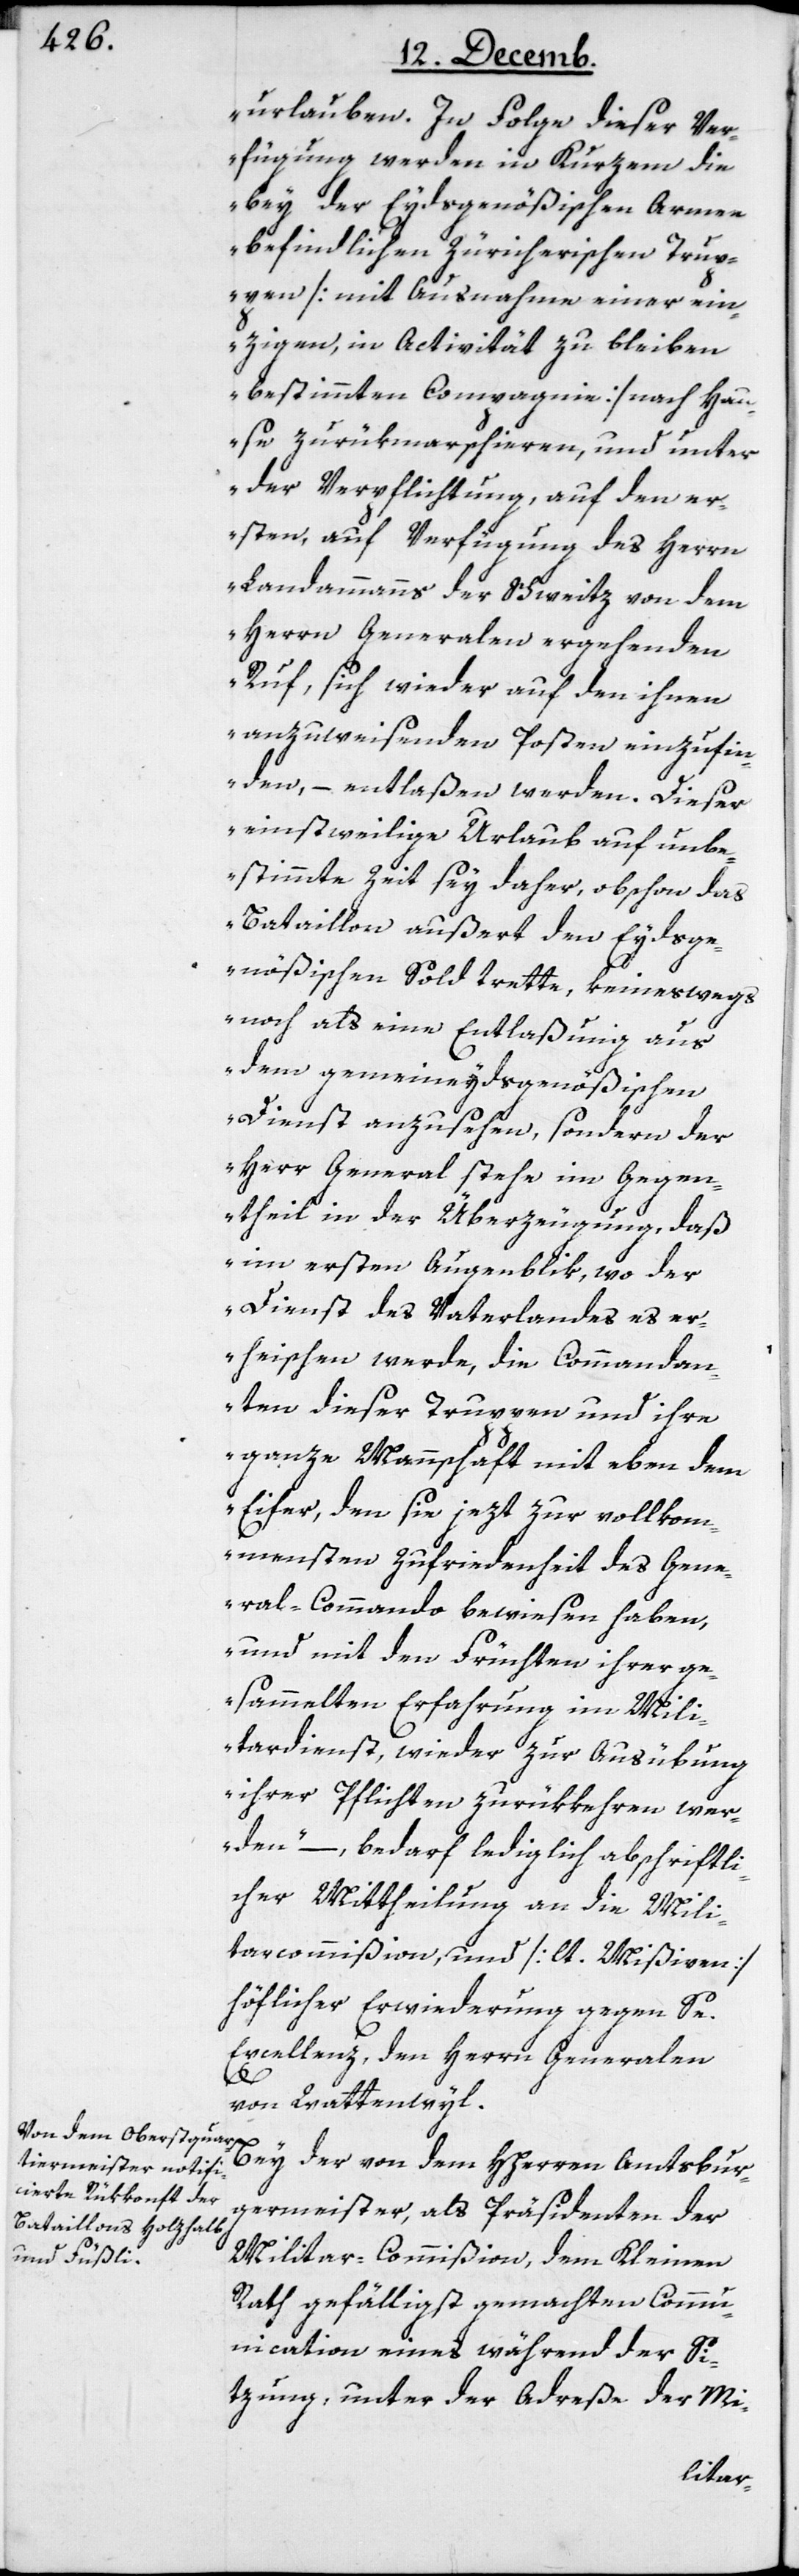
urlauben. In Folge dieser Ver¬
fügung werden in Kurzem die
bey der Eydsgenößischen Armee
befindlichen Zürcherischen Trup¬
pen [mit Ausnahme einer ein¬
zigen, in Activität zu bleiben
bestimmten Compagnie] nach Hau¬
se zurükmarschieren, und unter
der Verpflichtung, auf den er¬
sten, auf Verfügung des Herrn
Landammanns der Schweitz von dem
Herrn Generalen ergehenden
Ruf, sich wieder auf den ihnen
anzuweisenden Posten einzufin¬
den, – entlaßen werden. Dieser
einstweilige Urlaub auf unbe¬
stimmte Zeit sey daher, obschon das
Bataillon außert den Eydsge¬
nößischen Sold trette, keineswegs
noch als eine Entlaßung aus
dem gemeineydsgenößischen
Dienst anzusehen, sondern der
Herr General stehe im Gegen¬
theil in der Überzeugung, daß
im ersten Augenblik, wo der
Dienst des Vaterlandes es er¬
heischen werde, die Commandan¬
ten dieser Truppen und ihre
ganze Mannschaft mit eben dem
Eifer, den sie jetzt zur vollkom¬
mensten Zufriedenheit des Gene¬
ral-Commando bewiesen haben,
und mit den Früchten ihrer ge¬
sammelten Erfahrung im Mili¬
tardienst, wieder zur Ausübung
ihrer Pflichten zurükkehren wer¬
den“, – bedarf lediglich abschriftli¬
cher Mittheilung an die Mili¬
tarcommißion, und [lt. Mißiven]
höflicher Erwiderung gegen Se.
Excellenz, den Herrn Generalen
von Wattenwyl.
Bey der von dem HHerren Amtsbur¬
germeister, als Präsidenten der
Militar-Commißion, dem Kleinen
Rath gefälligst gemachten Comm¬
unication eines während der Si¬
tzung, unter der Adreße der Mi-